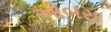
ઓબરા